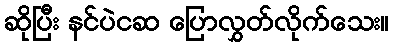
ဆိုပြီး နင်ပဲငဆ ပြောလွှတ်လိုက်သေး။